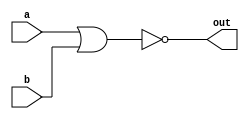
module top_module( 
    input a, 
    input b, 
    output out );
    assign out = !(a || b); // logic 
    //assign out = ~(a | b); // Bitwise 
endmodule